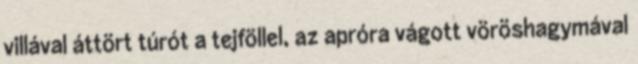
villával áttört túrót a tejföllel, az apróra vágott vöröshagymával